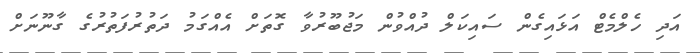
އަދި ހެލްމެޓް އަޅައިގެން ސައިކަލް ދުއްވުން މަޖުބޫރުވާ ގޮތަށް އެއްގަމު ދަތުރުފަތުރުގެ ގާނޫނަށް